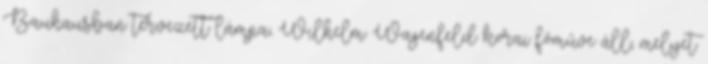
Bauhausban tervezett lámpa, Wilhelm Wagenfeld korai főműve áll, melyet